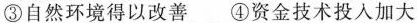
③自然环境得以改善 ④资金技术投入加大